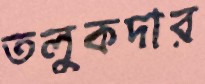
তলুকদার